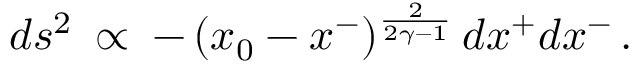
d s ^ { 2 } \: \propto \: - \, ( x _ { 0 } - x ^ { - } ) ^ { \frac { 2 } { 2 \gamma - 1 } } \, d x ^ { + } d x ^ { - } \, .